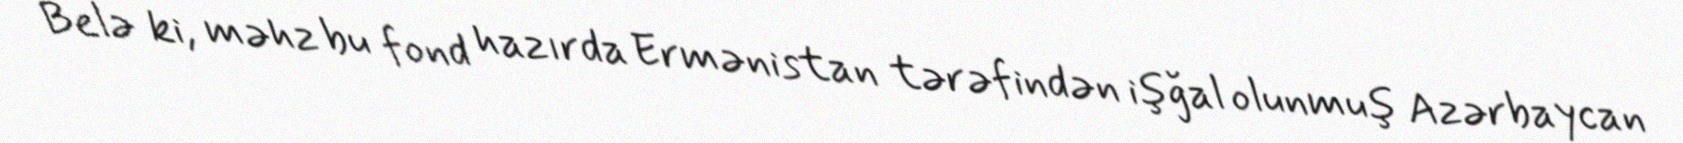
Belə ki, məhz bu fond hazırda Ermənistan tərəfindən işğal olunmuş Azərbaycan